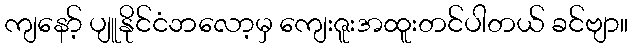
ကျနော့် ပျူနိုင်ငံဘလော့မှ ကျေးဇူးအထူးတင်ပါတယ် ခင်ဗျာ။